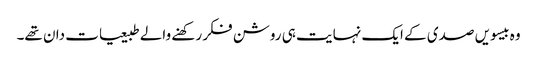
وہ بیسویں صدی کے ایک نہایت ہی روشن فکر رکھنے والے طبیعیات دان تھے۔